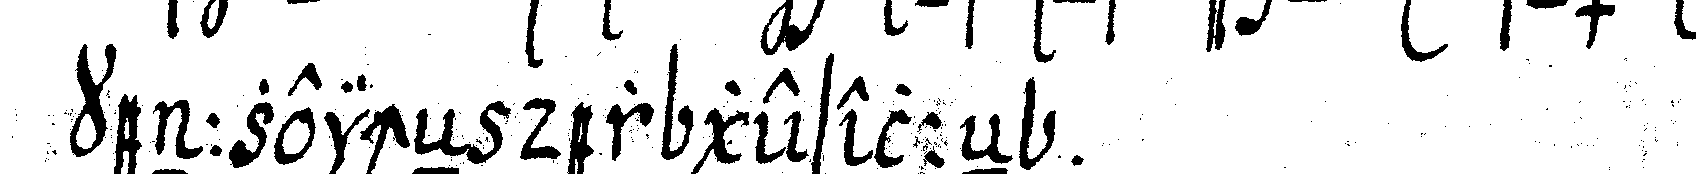
kennzeicheN der geselleN .